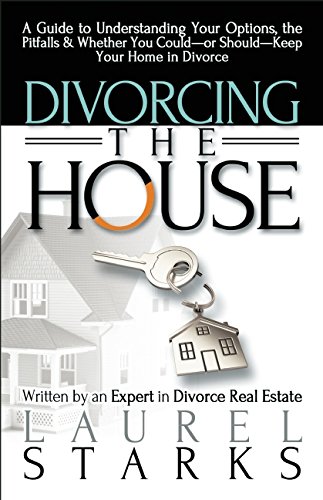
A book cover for Divorcing the House: A Guide to Understanding Your Options, the Pitfall & Whether You Could-or Should-Keep Your Home in Divorce; Laurel Starks; Business & Money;